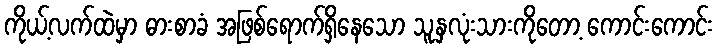
ကိုယ့်လက်ထဲမှာ ဓားစာခံ အဖြစ်ရောက်ရှိနေသော သူ့နှလုံးသားကိုတော့ ကောင်းကောင်း